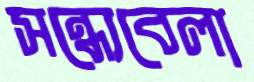
সন্ধ্যেবেলা